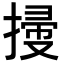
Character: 𢱥